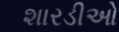
શારડીઓ